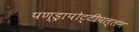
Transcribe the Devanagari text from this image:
पण्ड्रापोट्टीपल्लम